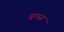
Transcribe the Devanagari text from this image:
ब्रग्ग्स